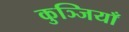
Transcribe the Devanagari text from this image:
कुञ्जियाँ